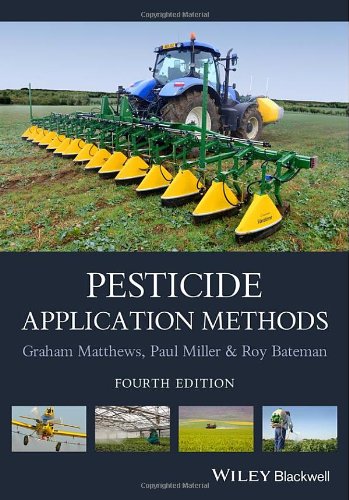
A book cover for Pesticide Application Methods; Graham Matthews; Science & Math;